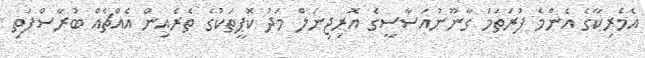
އެމެރިކާގެ އެންމެ ފުރަތަމަ ގާނޫނުއަސާސީގެ އޮރިޖިނަލް މަދު ކޮޕީތަކުގެ ތެރެއިން އެއްޗެއް ބުރާސްފަތި